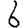
Digit: 6